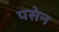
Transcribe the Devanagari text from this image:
पसेन